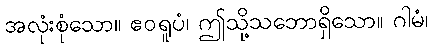
အလုံးစုံသော။ ဧဝရူပံ၊ ဤသို့သဘောရှိသော။ ဂါမံ၊